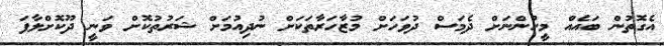
އެގޮތުން ބައެއް މީހުންނަށް ދެމަސް ދުވަހަށް މުޒާހަރާތަކަށް ނުދިއުމަށް ޝަރުތުކޮށް ވަނީ ދޫކޮށްލާފަ